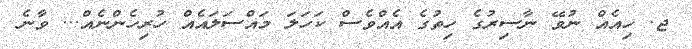
ޖ. ހިއެއް ނުވޭ ނާސިރުގެ ހިތުގެ އެއްވެސް ކަހަލަ މައްސަލައެއް ހުރިހެންނެއް... ވާނެ